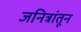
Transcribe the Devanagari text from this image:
जनित्रांतून